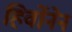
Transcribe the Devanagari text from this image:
हिर्वोनेन